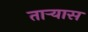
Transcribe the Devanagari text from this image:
ताऱ्यास